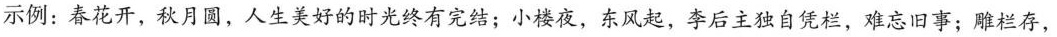
示例：春花开，秋月圆，人生美好的时光终有完结；小楼夜，东风起，李后主独自凭栏，难忘旧事；雕栏存，